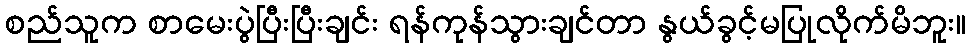
စည်သူက စာမေးပွဲပြီးပြီးချင်း ရန်ကုန်သွားချင်တာ နွယ်ခွင့်မပြုလိုက်မိဘူး။